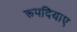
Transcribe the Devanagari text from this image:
रूपदियाए